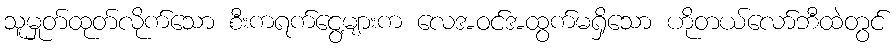
သူမှုတ်ထုတ်လိုက်သော စီးကရက်ငွေ့များက လေအဝင်အထွက်မရှိသော ဟိုတယ်လော်ဘီထဲတွင်